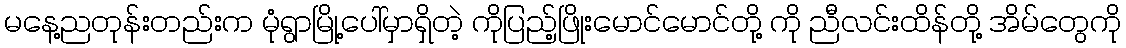
မနေ့ညတုန်းတည်းက မုံရွာမြို့ပေါ်မှာရှိတဲ့ ကိုပြည့်ဖြိုးမောင်မောင်တို့ ကို ညီလင်းထိန်တို့ အိမ်တွေကို